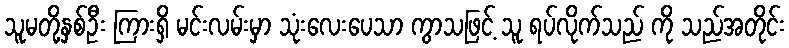
သူမတို့နှစ်ဦး ကြားရှိ မင်းလမ်းမှာ သုံးလေးပေသာ ကွာသဖြင့် သူ ရပ်လိုက်သည် ကို သည်အတိုင်း